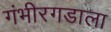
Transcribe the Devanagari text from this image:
गंभीरगडाला